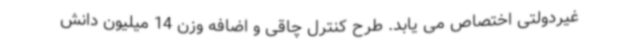
غیردولتی اختصاص‌ می یابد. طرح کنترل چاقی و اضافه وزن 14 میلیون دانش